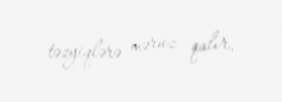
təzyiqlərə məruz qalır.